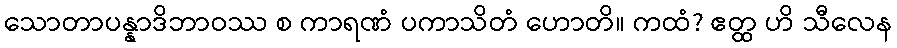
သောတာပန္နာဒိဘာဝဿ စ ကာရဏံ ပကာသိတံ ဟောတိ။ ကထံ? ဧတ္ထ ဟိ သီလေန